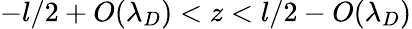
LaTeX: -l/2+O(\lambda_{D})<z<l/2-O(\lambda_{D})